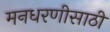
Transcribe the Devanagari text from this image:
मनधरणीसाठी